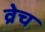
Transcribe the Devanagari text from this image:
व्रेच